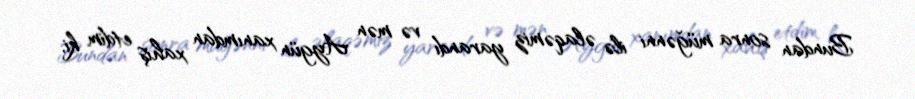
Bundan sonra müğənni ilə əlaqəmiz yarandı və mən Aygün xanımdan xahiş etdim ki,